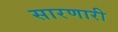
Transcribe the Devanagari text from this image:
सारणारी